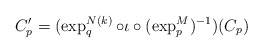
\begin{align*}C'_p = (\exp^{N(k)}_q \circ \iota \circ (\exp^M_p)^{-1})(C_p)\end{align*}